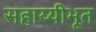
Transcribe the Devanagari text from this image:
सहाय्यीभूत